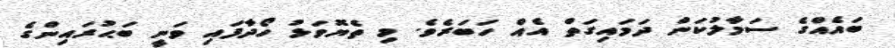
ބައެއްގެ ސަމާލުކަން ދަމައިގަތް އެއް ހަބަރެވެ. މި ތެޔޮވަޅު ހޯދާފައި ވަނީ ބަޙުރައިންގެ